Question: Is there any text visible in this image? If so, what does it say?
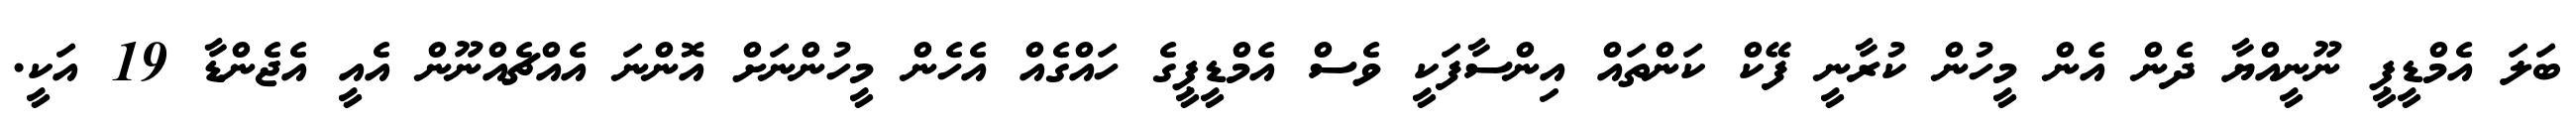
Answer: ބަލަ އެމްޑީޕީ ނޫނީއްޔާ ދެން އެން މީހުން ކުރާނީ ފޭކް ކަންތައް އިންސާފަކީ ވެސް އެމްޑީޕީގެ ހައްގެއް އެހެން މީހުންނަށް އޮންނަ އެއްޗެއްނޫން އެއީ އެޖެންޑާ 19 އަކީ.